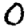
Digit: 0